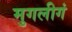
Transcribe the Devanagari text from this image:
मुगलीगं